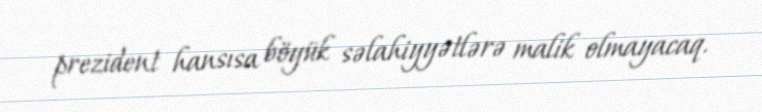
prezident hansısa böyük səlahiyyətlərə malik olmayacaq.